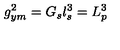
g _ { y m } ^ { 2 } = G _ { s } l _ { s } ^ { 3 } = L _ { p } ^ { 3 }